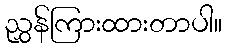
ညွှန်ကြားထားတာပါ။